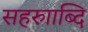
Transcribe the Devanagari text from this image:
सहरुााब्दि